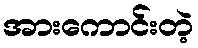
အားကောင်းတဲ့